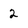
Character: 2